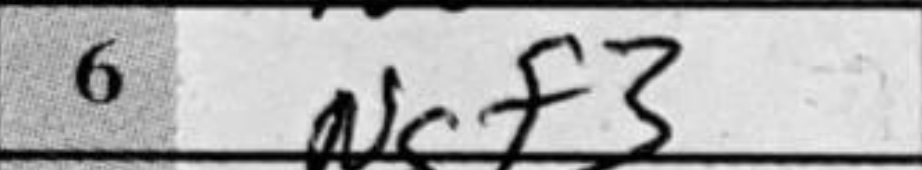
Transcription: Ngf3